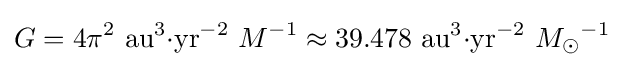
G=4\pi ^{2}\mathrm {\ au^{3}{\cdot }yr^{-2}} \ M^{-1}\approx 39.478\mathrm {\ au^{3}{\cdot }yr^{-2}} \ {M_{\odot }}^{-1}